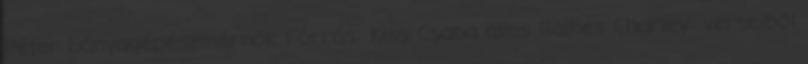
Péter bányagépészmérnök Forrás: Kiss Csaba alias Balhés Charley: verseiből